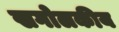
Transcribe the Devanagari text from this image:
खगोलकीय